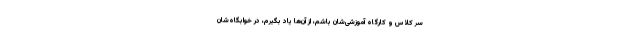
سر کلاس و کارگاه آموزشی‌شان باشم، از آن‌ها یاد بگیرم، در خوابگاه‌شان